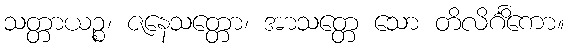
သတ္တာယဉ္စ၊ ဇနေသတ္တော၊ အာသတ္တေ သော တိလိင်္ဂိကော။